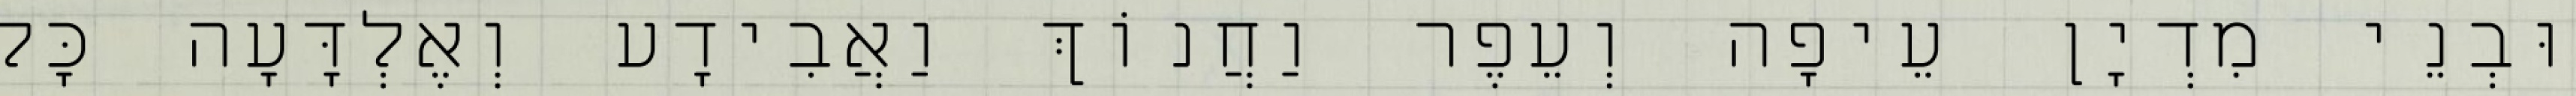
וּבְנֵי מִדְיָן עֵיפָה וְעֵפֶר וַחֲנוֹךְ וַאֲבִידָע וְאֶלְדָּעָה כָּל